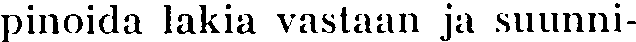
pinoida lakia vastaan ja suunni-